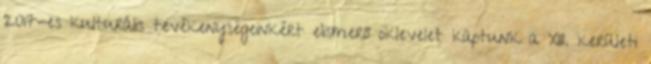
2017-es kulturális tevékenységeinkért elismerő oklevelet kaptunk a XIII. kerületi